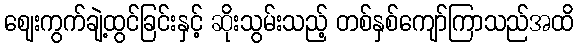
ဈေးကွက်ချဲ့ထွင်ခြင်းနှင့် ဆိုးသွမ်းသည့် တစ်နှစ်ကျော်ကြာသည်အထိ